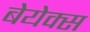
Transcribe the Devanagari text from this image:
बेयेक्स